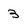
Character: 3